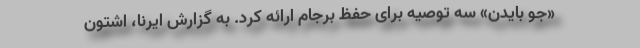
«جو بایدن» سه توصیه برای حفظ برجام ارائه کرد. به گزارش ایرنا، اشتون